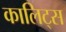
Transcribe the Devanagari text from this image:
कालिट्स